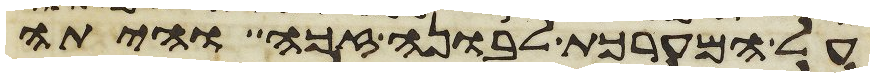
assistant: על המערכת לבונה זכה והיתה